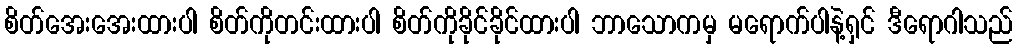
စိတ်အေးအေးထားပါ စိတ်ကိုတင်းထားပါ စိတ်ကိုခိုင်ခိုင်ထားပါ ဘာသောကမှ မရောက်ပါနဲ့ရှင် ဒီရောဂါသည်